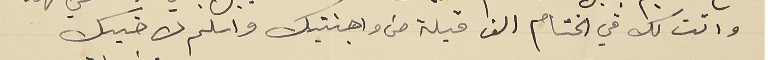
واتت لك في الختام الف قبلة من واجنتيك واسلم لاخيك